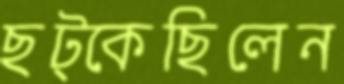
ছট্‌কেছিলেন